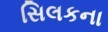
સિલકના